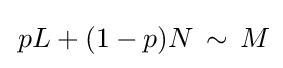
\,pL+(1-p)N\,\sim \,M